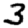
Digit: 3